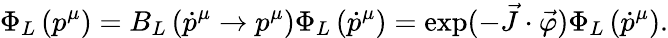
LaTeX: \Phi_{L}\left(p^{\mu}\right)=B_{L}\left(\dot{p}^{\mu}\to p^{\mu}\right)\Phi_{L}\left(\dot{p}^{\mu}\right)=\exp(-\vec{J}\cdot\vec{\varphi})\Phi_{L}\left(\dot{p}^{\mu}\right).